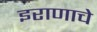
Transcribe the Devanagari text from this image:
इराणाचे